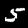
Label: 5